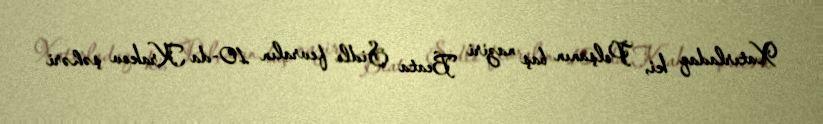
Xatırladaq ki, Polşanın baş naziri Beata Şidlo fevralın 10-da Krakov şəhəri